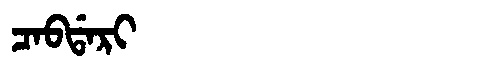
Manchu: ᠴᠠᠪᡩᠠᡵᡳ
Romanization: CABDARI